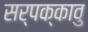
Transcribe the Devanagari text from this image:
सर्पक्कावु